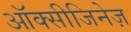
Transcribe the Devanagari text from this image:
ऑक्सीजिनेज़